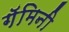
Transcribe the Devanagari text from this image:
गॅमिनी